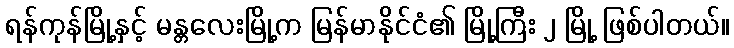
ရန်ကုန်မြို့နှင့် မန္တလေးမြို့က မြန်မာနိုင်ငံ၏ မြို့ကြီး ၂ မြို့ ဖြစ်ပါတယ်။